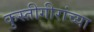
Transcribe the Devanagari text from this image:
कुस्तीगीरांच्या